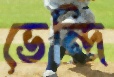
ভেন্দি